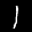
Label: 1